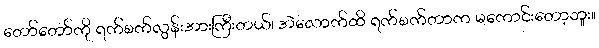
တော်တော်ကို ရက်စက်လွန်းအားကြီးတယ်၊ အဲလောက်ထိ ရက်စက်တာက မကောင်းတော့ဘူး။